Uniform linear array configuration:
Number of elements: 8
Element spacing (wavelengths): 0.75
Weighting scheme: kaiser
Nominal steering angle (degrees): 15
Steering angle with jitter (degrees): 13.585
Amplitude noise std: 0.05
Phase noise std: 0.05

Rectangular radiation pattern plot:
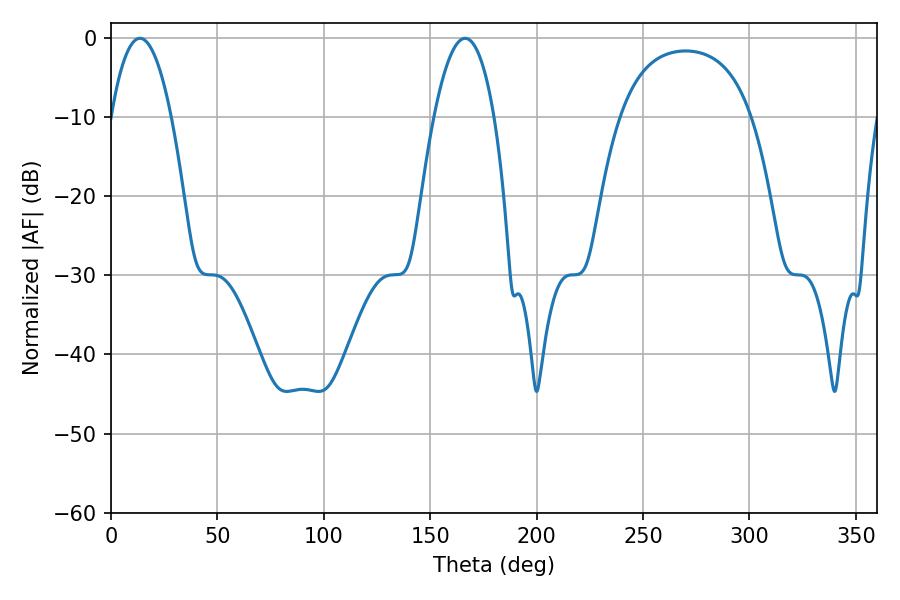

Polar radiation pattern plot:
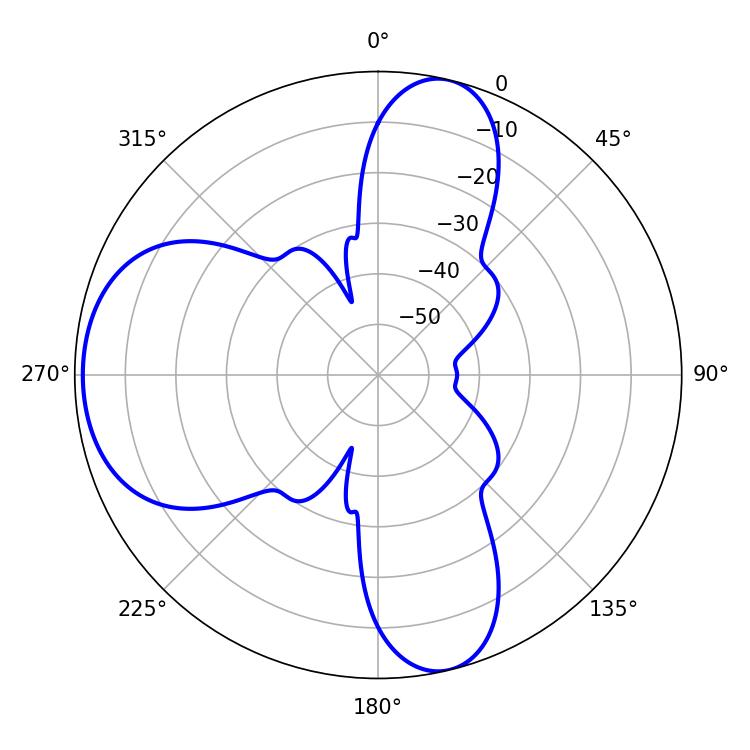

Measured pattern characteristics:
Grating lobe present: TRUE
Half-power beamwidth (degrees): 15.66
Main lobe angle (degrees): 13.68